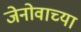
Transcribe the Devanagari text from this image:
जेनोवाच्या